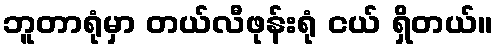
ဘူတာရုံမှာ တယ်လီဖုန်းရုံ ငယ် ရှိတယ်။